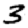
Digit: 3